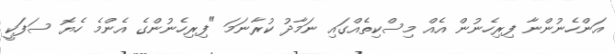
އަންހެނުންނާ ފިރިހެނުން އެއް މިސްކިތެއްގައި ނަމާދު ކުރާނަމަ "ފިރިހެނުންގެ އެންމެ ހެޔޮ ސަފަކީ